Vabadussoja_Ajaloo_Komitee, lk 54
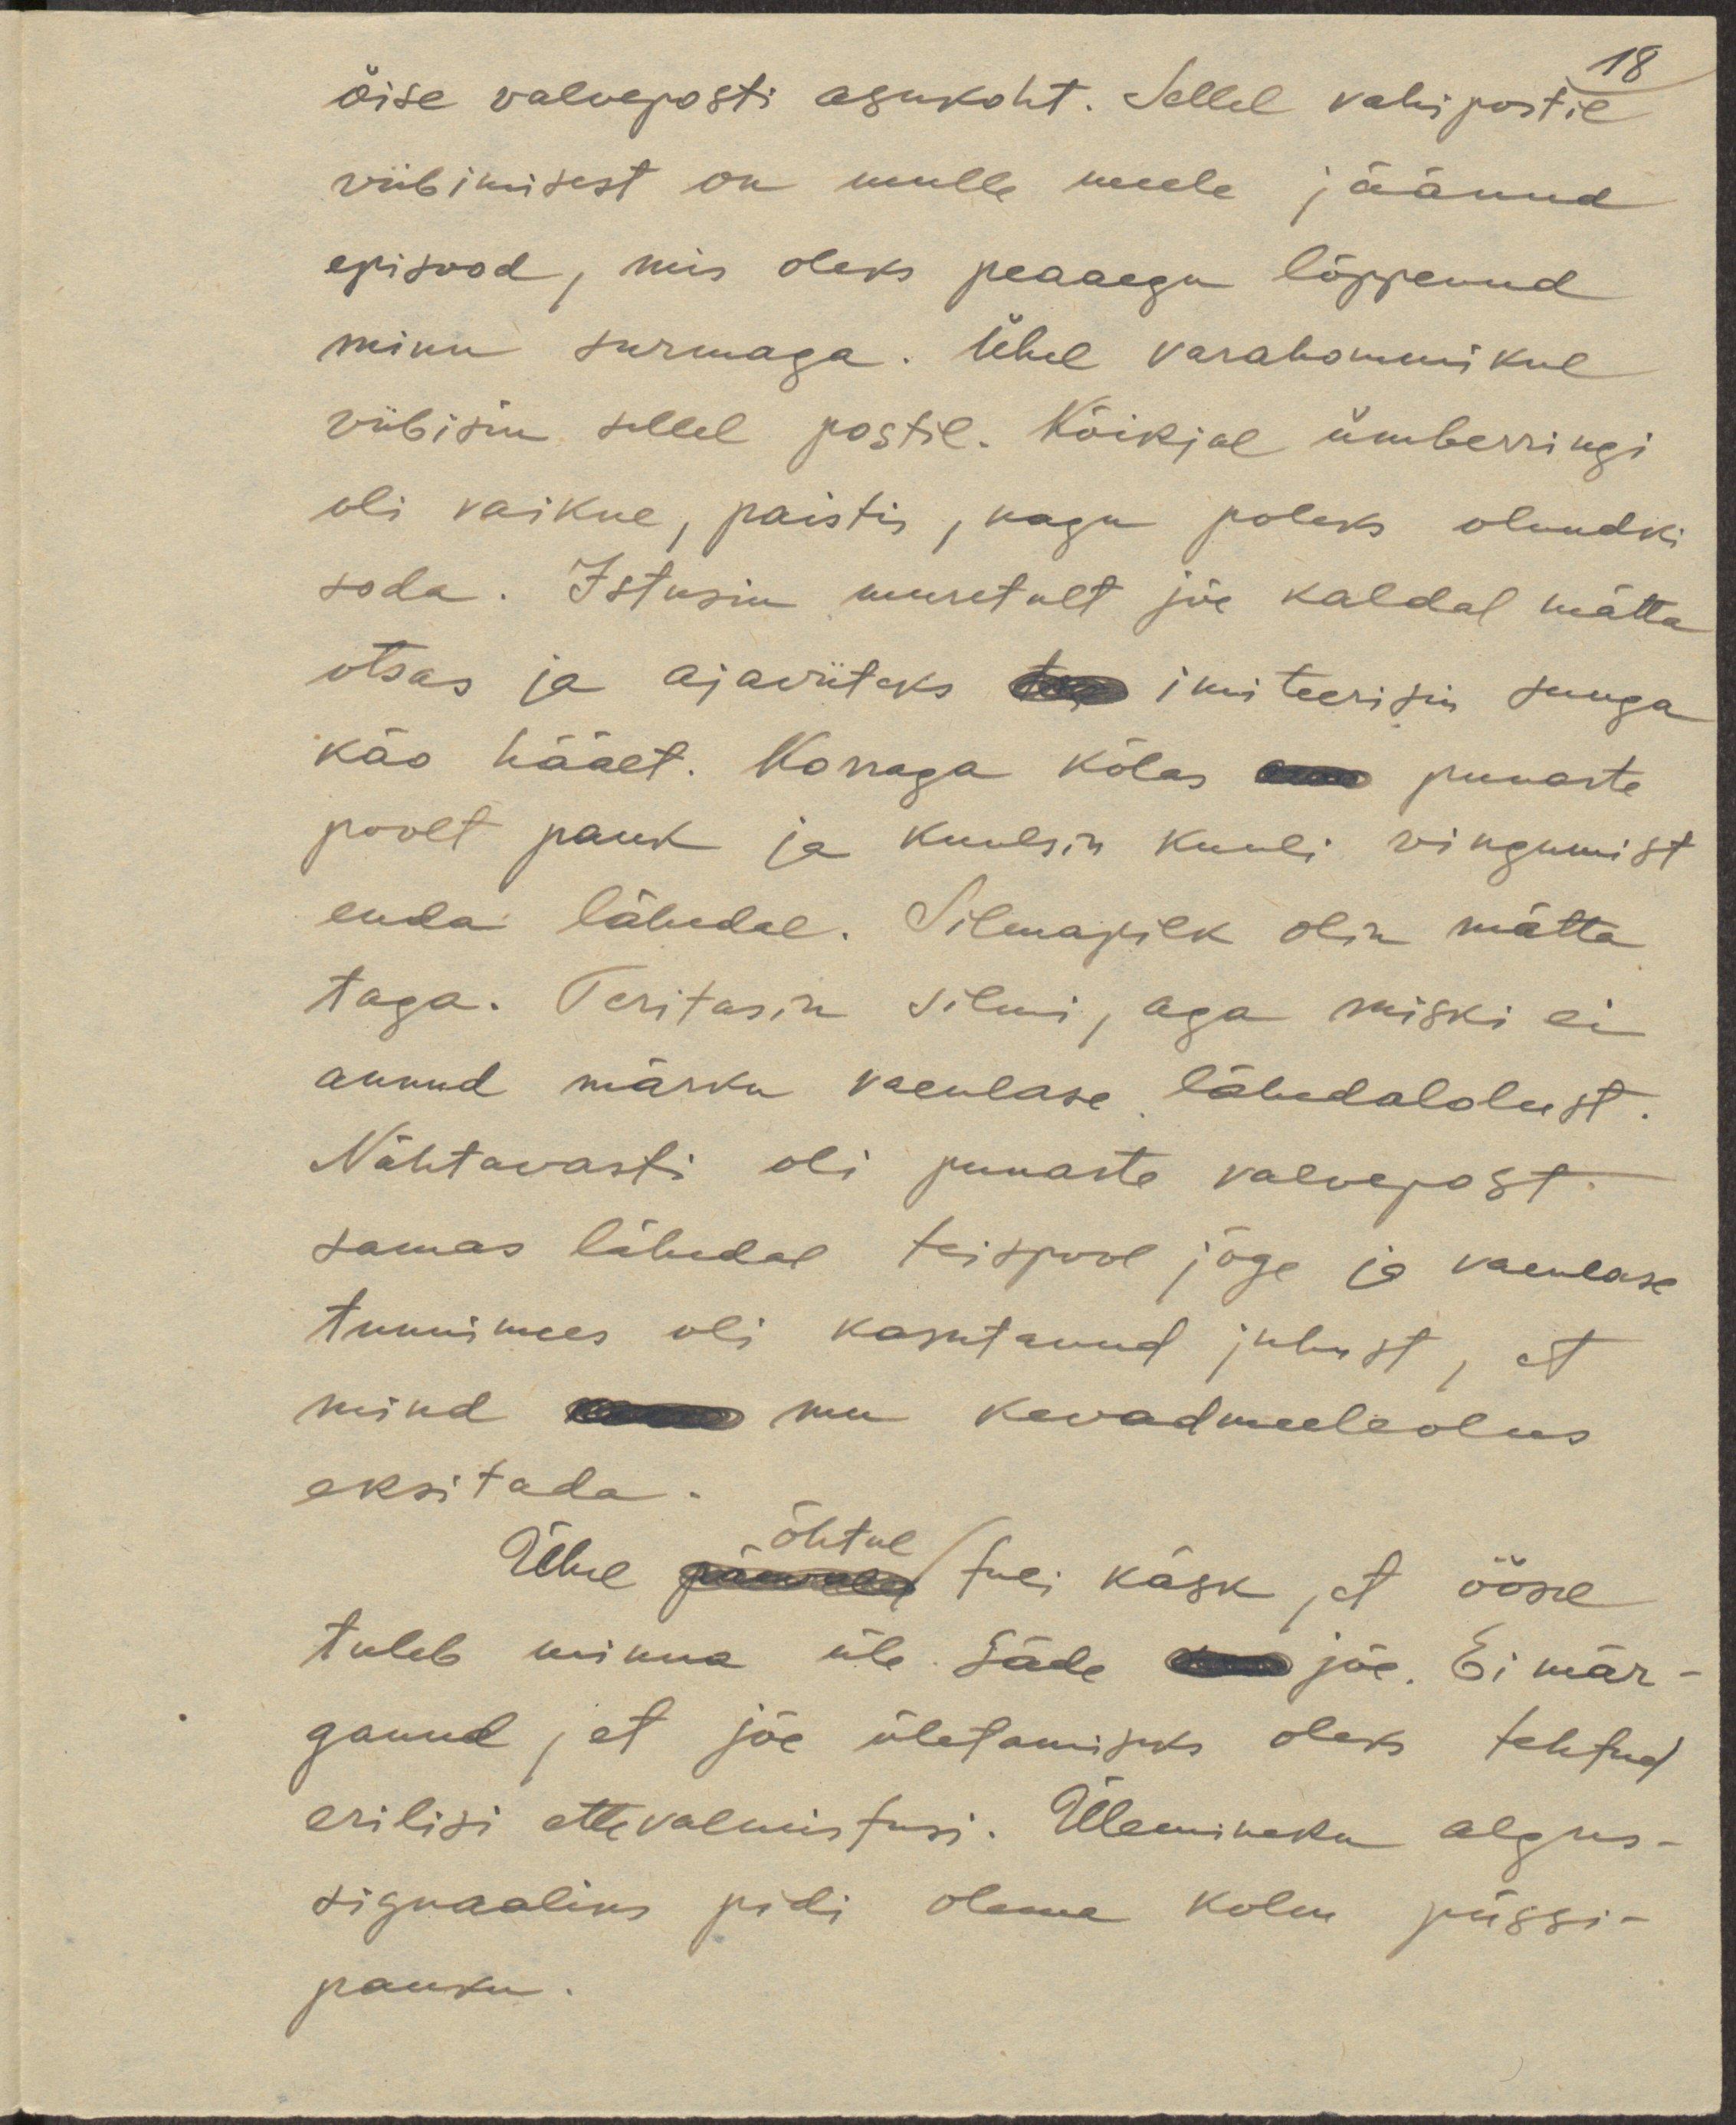
18
öise valveposti asukoht. Sellel vahipostil
viibimisest on mulle jäänud
episood, mis oleks peaaegu lõppenud
minu surmaga. Ühel varahommikul
viibisin sellel postil. Kõikjal ümberringi
oli vaikne, paistis, nagu poleks olnudki
seda. Istusin muretult jõe kaldal mätta
otsas ja ajaviiteks imiteerisin suuga
käo häält. Korraga kõlas punaste
poolt pauk ja kuulsin kuuli vingumist
enda lähedal. Silmapilk olin mätta
taga. Teritasin silmi, aga miski ei
annud märku vaenlase lähedalolust.
Nähtavasti oli punaste valvepost
samas lähedal teispool jõge ja vaenlase
tunnimees oli kasutanud juhust, et
mind
mu kevadmeeleolus
eksitada.
õhtul
Ühel päewal tuli käsk, et öösel
tuleb minna üle Säde
jõe. Ei mär-
ganud, et jõe ületamiseks oleks tehtud
erilisi ettevalmistusi. Ülemineku algus-
signaaliks pidi olema kolm püssi-
pauku.